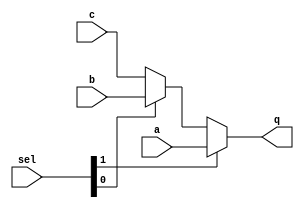
`timescale 1ns / 1ps
//////////////////////////////////////////////////////////////////////////////////
// Company: 
// Engineer: 
// 
// Design Name: 
// Module Name: Mux31b
// Project Name: 
// Target Devices: 
// Tool Versions: 
// Description: 
// 
// Dependencies: 
// 
// Revision:
// Revision 0.01 - File Created
// Additional Comments:
// 
//////////////////////////////////////////////////////////////////////////////////


module Mux31b(
    input wire a,
    input wire b,
    input wire c,
    input wire[1:0] sel,
    output reg q

    );
    
    always@(*) begin
        if(sel[1] == 1) begin
            q = a;
        end
        else if(sel[0] == 1) begin
            q = b;
        
        end
        else begin
            q = c;
        end
     end
endmodule